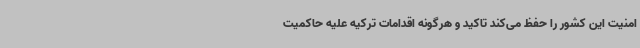
امنیت این کشور را حفظ می‌کند تاکید و هرگونه اقدامات ترکیه علیه حاکمیت